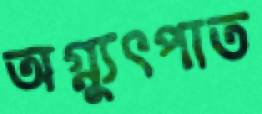
অগ্ন্যুৎপাত